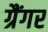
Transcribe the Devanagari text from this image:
ग्रैंगर